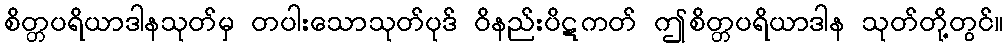
စိတ္တပရိယာဒါနသုတ်မှ တပါးသောသုတ်ပုဒ် ဝိနည်းပိဋကတ် ဤစိတ္တပရိယာဒါန သုတ်တို့တွင်။